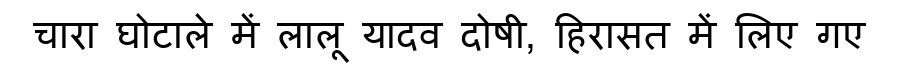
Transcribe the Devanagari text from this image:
चारा घोटाले में लालू यादव दोषी, हिरासत में लिए गए